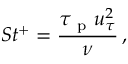
S t ^ { + } = \frac { \tau _ { \mathrm { ~ p ~ } } u _ { \tau } ^ { 2 } } { \nu } \, ,